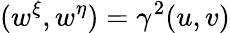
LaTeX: (w^{\xi},w^{\eta})=\gamma^{2}(u,v)